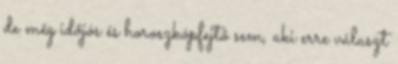
de még időjós és horoszkópfejtő sem, aki erre választ